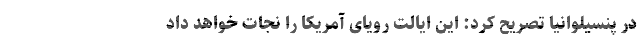
در پنسیلوانیا تصریح کرد: این ایالت رویای آمریکا را نجات خواهد داد